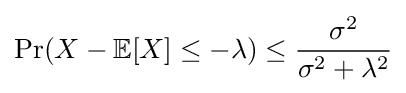
\Pr(X-\mathbb {E} [X]\leq -\lambda )\leq {\frac {\sigma ^{2}}{\sigma ^{2}+\lambda ^{2}}}